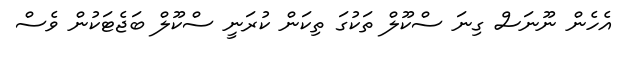
އެހެން ނޫނަސް ގިނަ ސްކޫލް ތަކުގަ ތިކަން ކުރަނީ ސްކޫލް ބަޖެޓަކުން ވެސް